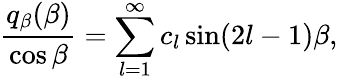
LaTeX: \frac{q_{\beta}(\beta)}{\cos\beta}=\sum_{l=1}^{\infty}c_{l}\sin(2l-1)\beta,